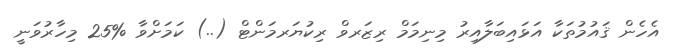
އެހެން ޤައުމުތަކާ އަޅައިބަލާއިރު މިނިމަމް ރިޒަރވް ރިކުޔަރމަންޓް (..) ކަމަށްވާ %25 މިހާރުވަނީ